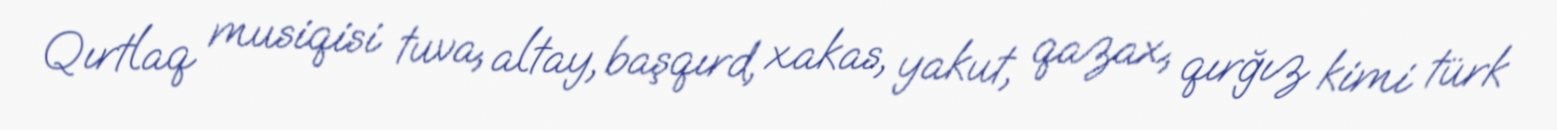
Qırtlaq musiqisi tuva, altay, başqırd, xakas, yakut, qazax, qırğız kimi türk